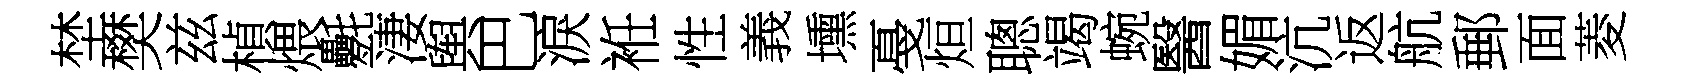
埜樊兹楨煨氎淒舆巴淚袵性義壎戞烜聰竭蜿醫媚沆返航郵面菱